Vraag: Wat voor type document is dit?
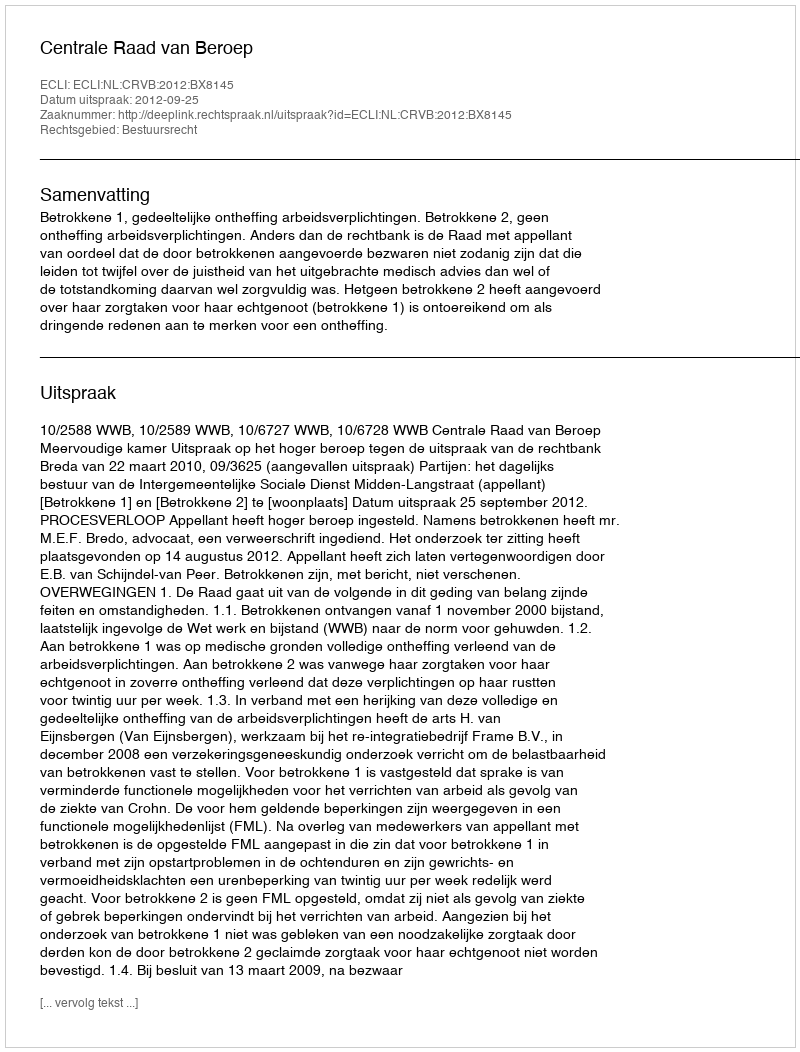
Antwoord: Uitspraak